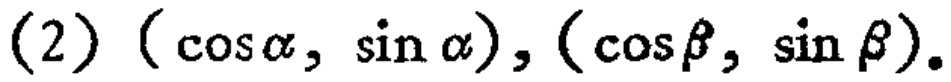
(2) $(\cos\alpha, \sin\alpha), (\cos\beta, \sin\beta)$.